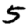
Digit: 5